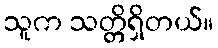
သူက သတ္တိရှိတယ်။